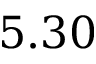
5 . 3 0